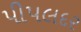
પીપલદર